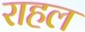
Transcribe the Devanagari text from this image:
राहल